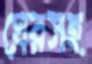
ঘেরসহ